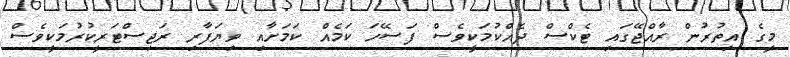
މީގެ އިތުރުން ރާއްޖޭގައި ޓެކްސް ދެއްކުމަކީވެސް ފަސޭހަ ކަމެއް ކަމަށާއި ވިޔަފާރި ރަޖިސްޓަރީކުރުމަކީވެސް